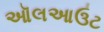
ઑલઆઉટ